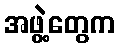
အဖွဲ့တွေက